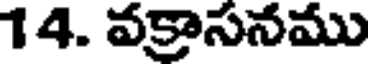
14. వక్రాసనము